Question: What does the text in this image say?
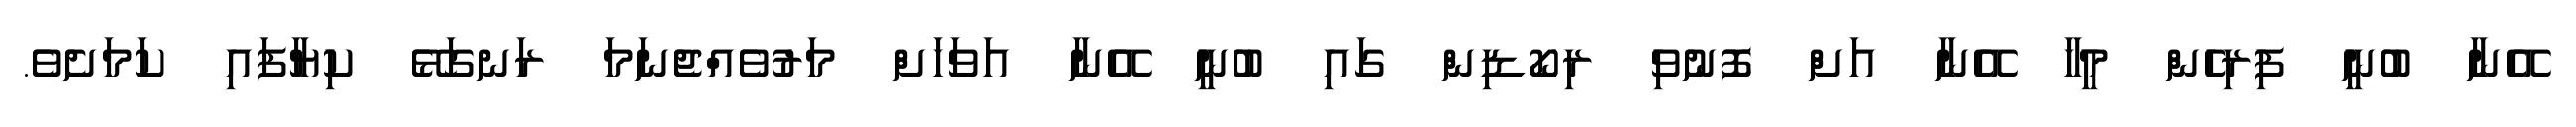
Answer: އޭނާ ބުނީ ފިރިހެން މީހާ އޭނާ އަށް ފޮނުވި ރިކޯޑިން ގައި ބުނީ އޭނާ އަވަހަށް މަރުވެއްޖެނަމަ ރަނގަޅޭ ކިޔާފައި ކަމަށެވެ.